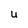
Character: U